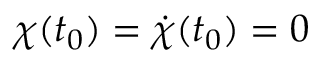
\chi ( t _ { 0 } ) = \dot { \chi } ( t _ { 0 } ) = 0